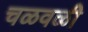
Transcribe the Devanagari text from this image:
चळवळीे